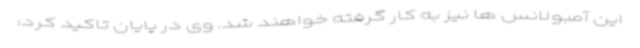
این آمبولانس ها نیز به کار گرفته خواهند شد. وی در پایان تاکید کرد: